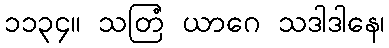
၁၁၃၄။ သတြံ ယာဂေ သဒါဒါနေ၊